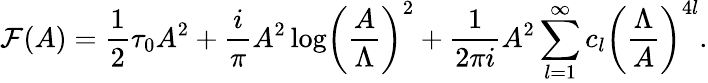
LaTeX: {\cal F}(A)={\frac{1}{2}}\tau_{0}A^{2}+{\frac{i}{\pi}}A^{2}\log\biggl({\frac{A}{\Lambda}}\biggr)^{2}+{\frac{1}{2\pi i}}A^{2}\sum_{l=1}^{\infty}c_{l}\biggl({\frac{\Lambda}{A}}\biggr)^{4l}.